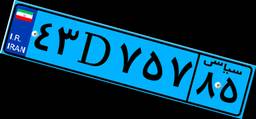
۹۱D۶۷۶۱۳